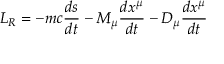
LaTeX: L _ { R } = - m c { \frac { d s } { d t } } - M _ { \mu } { \frac { d x ^ { \mu } } { d t } } - D _ { \mu } { \frac { d x ^ { \mu } } { d t } }